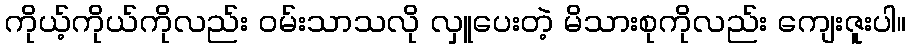
ကိုယ့်ကိုယ်ကိုလည်း ဝမ်းသာသလို လှူပေးတဲ့ မိသားစုကိုလည်း ကျေးဇူးပါ။